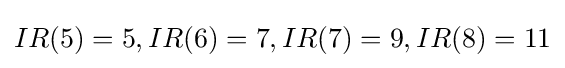
IR(5)=5,IR(6)=7,IR(7)=9,IR(8)=11